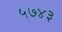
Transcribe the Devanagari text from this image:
५७४३